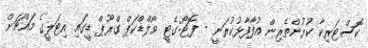
ކޮސްޓަރިކާ ކުޅުންތެރިން އުފާފާޅުކުރަނީ - ފޮޓޯ:ގެޓީ ވޯލްޑްކަޕް ގްރޫޕް ޑީގައި އިޓަލީގެ މައްޗަށް